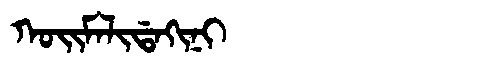
Manchu: ᡴᠣᡳᠮᠠᠯᡳᡩᠠᡴᡳᠨᡳ
Romanization: KOIMALIDAKINI